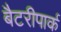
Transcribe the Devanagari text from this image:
बैटरीपार्क